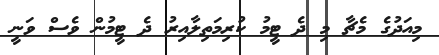
މިއަދުގެ މެޗާ މި ދެ ޓީމު ކުރިމަތިލާއިރު ދެ ޓީމުން ވެސް ވަނީ